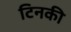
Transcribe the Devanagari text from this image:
टिनकी